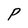
Character: P